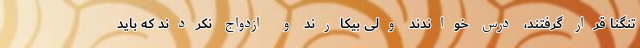
تنگنا قرار گرفتند، درس خواندند ولی بیکارند و ازدواج نکردند که باید